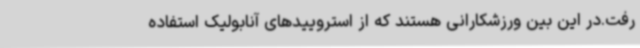
رفت.در این بین ورزشکارانی هستند که از استروییدهای آنابولیک استفاده